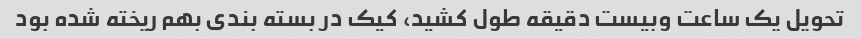
تحویل یک ساعت و‌بیست دقیقه طول کشید، کیک در بسته بندی بهم ریخته شده بود